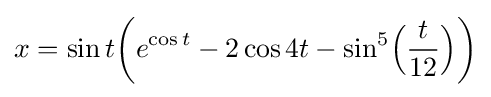
x=\sin t\!\left(e^{\cos t}-2\cos 4t-\sin ^{5}\!{\Big (}{t \over 12}{\Big )}\right)